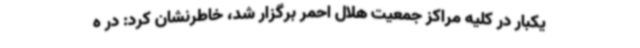
یکبار در کلیه مراکز جمعیت هلال احمر برگزار شد، خاطرنشان کرد: در ه